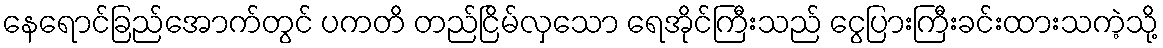
နေရောင်ခြည်အောက်တွင် ပကတိ တည်ငြိမ်လှသော ရေအိုင်ကြီးသည် ငွေပြားကြီးခင်းထားသကဲ့သို့